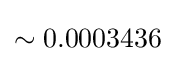
\sim 0.0003436